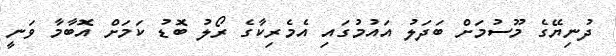
ދުނިޔޭގެ މޫސުމަށް ބަދަލު އައުމުގައި އެމެރިކާގެ ރޯލު ބޮޑު ކަމަށް އޮބާމާ ވަނީ